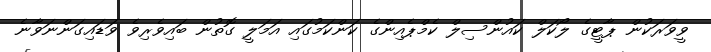
ވީވަރަކުން ޕާޓީގެ ލޯކަލް ކައުންސިލް ކެމްޕެއިންގެ ކަންކަމުގައި އަމަލީ ގޮތުން ބައިވެރިވެ ވަޑައިގަންނަވާނެ